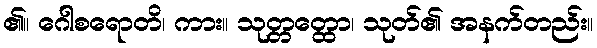
၏။ ဂေါစရောတိ၊ ကား။ သုတ္တတ္ထော၊ သုတ်၏ အနက်တည်း။